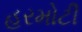
હરમોટી